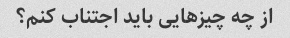
از چه چیزهایی باید اجتناب کنم؟